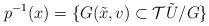
LaTeX: \begin{align*} p^{-1}(x)=\{G (\tilde{x},v) \subset \mathcal{T}\tilde{U}/G \} \end{align*}